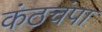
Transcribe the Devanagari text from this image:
कंठचंपा